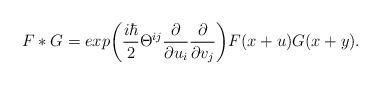
LaTeX: \begin{align*}F * G = exp \bigg( {i\hbar \over 2} \Theta^{ij} {\partial \over \partial u_i}{\partial \over \partial v_j}\bigg) F(x +u) G(x+y).\end{align*}